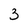
Character: 3